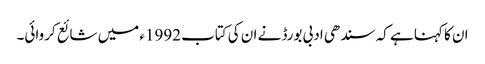
ان کا کہنا ہے کہ سندھی ادبی بورڈ نے ان کی کتاب 1992ء میں شائع کروائی۔